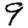
Digit: 9